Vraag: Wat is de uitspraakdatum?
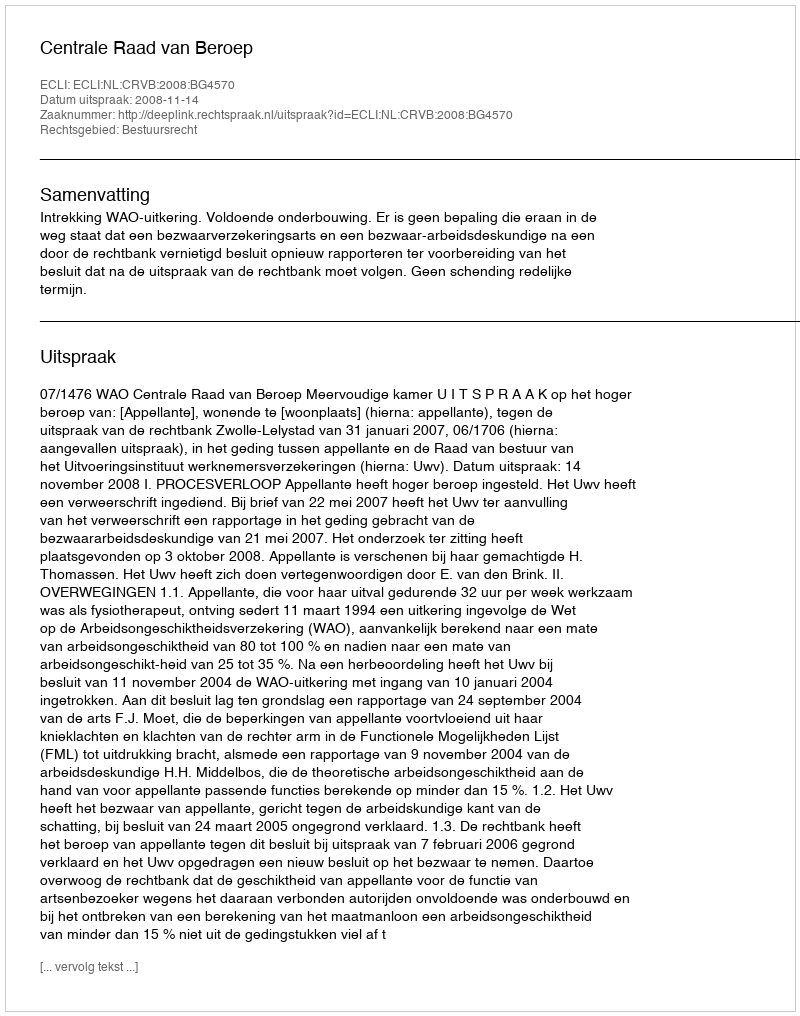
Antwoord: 2008-11-14